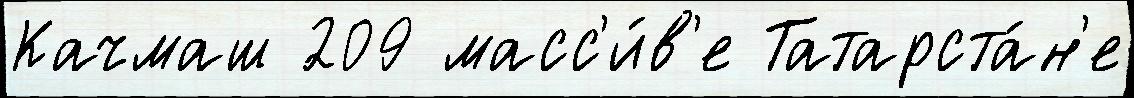
Качмаш 209 масс'и́в'е Татарста́н'е